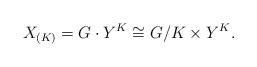
LaTeX: \begin{align*}X_{(K)} = G \cdot Y^K \cong G/K \times Y^K.\end{align*}